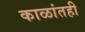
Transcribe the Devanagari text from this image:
काळांतही